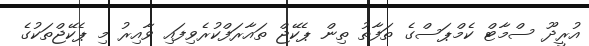
އުރީދޫ ސްމާޓް ކެމްޕަސްގެ ތަފާތު ތިން ޕެކޭޖް ތައާރަފްކުރެވިފައި ވާއިރު މި ޕެކޭޖްތަކުގެ